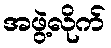
အဖွဲ့လိုက်